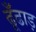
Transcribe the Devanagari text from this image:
ढूँढाड़